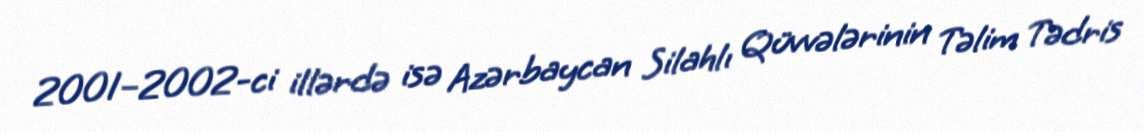
2001–2002-ci illərdə isə Azərbaycan Silahlı Qüvvələrinin Təlim Tədris